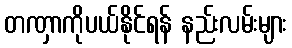
တဏှာကိုပယ်နိုင်ရန် နည်းလမ်းများ